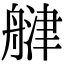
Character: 𦩨